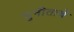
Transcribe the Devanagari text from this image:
सुनीताचे